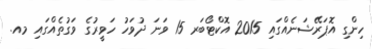
ހިންގި އޮޕަރޭޝަނެއްގައި 2015 އޮޮކްޓޯބަރ 15 ވަނަ ދުވަހު ހަވީރުގެ ވަގުތެއްގައި މއ.